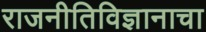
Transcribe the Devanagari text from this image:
राजनीतिविज्ञानाचा